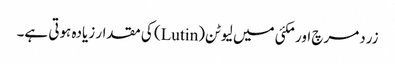
زردمرچ اور مکئی میں لیوٹن(Lutin) کی مقدار زیادہ ہوتی ہے۔